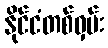
နိုင်ငံတစ်ဝှမ်း